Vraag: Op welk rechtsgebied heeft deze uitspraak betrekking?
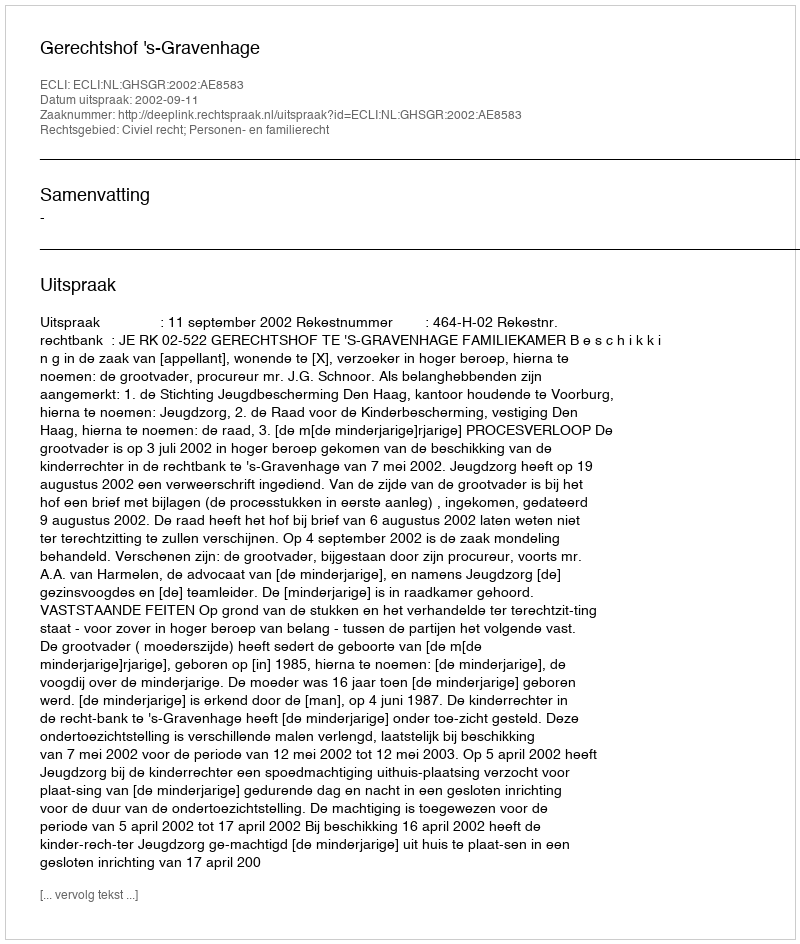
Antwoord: Civiel recht; Personen- en familierecht